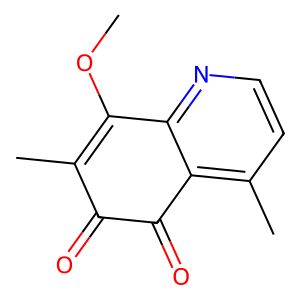
SMILES: COC1=C(C)C(=O)C(=O)c2c(C)ccnc21
Inhibits HIV replication: No